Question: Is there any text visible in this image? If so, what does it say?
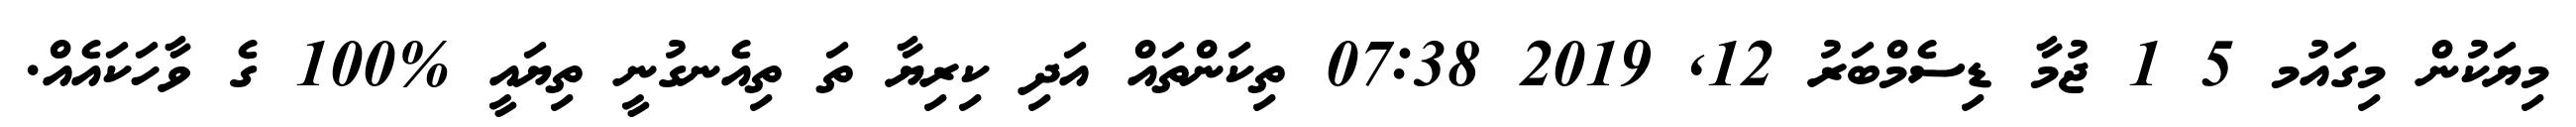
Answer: މިޔަކުން މިގައުމ 5 1 ޖުމާ ޑިސެމްބަރު 12, 2019 07:38 ތިކަންތައް އަދި ކިރިޔާ ތަ ތިއެނގުނީ ތިޔައީ %100 ގެ ވާހަކައެއް.